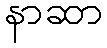
နာဆာ